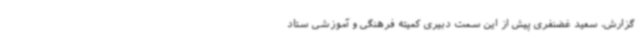
گزارش، سعید غضنفری پیش از این سمت دبیری کمیته فرهنگی و آموزشی ستاد